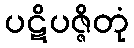
ပဋိပဇ္ဇိတုံ